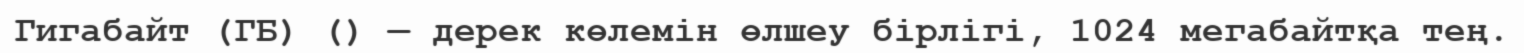
Гигабайт (ГБ) () — дерек көлемін өлшеу бірлігі, 1024 мегабайтқа тең.